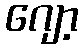
ဂျော့